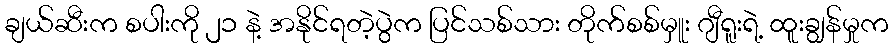
ချယ်ဆီးက စပါးကို ၂၁ နဲ့ အနိုင်ရတဲ့ပွဲက ပြင်သစ်သား တိုက်စစ်မှူး ဂျီရူးရဲ့ ထူးချွန်မှုက